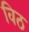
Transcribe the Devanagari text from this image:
विठ